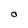
Character: O